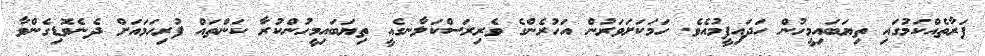
ފަރާތެއްކަމުގައި ތިޔަބައިމީހުން ހަދައިފީމުއެވެ. ހަމަކަށަވަރުން އަހުރެންގެ ވެރިރަސްކަލާނގެއީ ތިޔަބައިމީހުންކުރާ ކަންތައް ފުރިހަމައަށް ދެނެވޮޑިގެންވާ